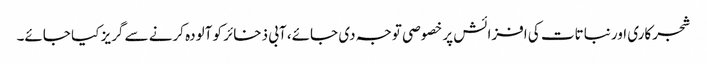
شجرکاری اور نباتات کی افزائش پر خصوصی توجہ دی جائے، آبی ذخائر کو آلودہ کرنے سے گریز کیا جائے۔